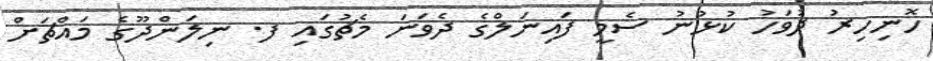
ހޮނިހިރު ދުވަހު ކުޅުނު ސެމީ ފައިނަލްގެ ދެވަނަ މެޗުގައި ފ. ނިލަންދޫގެ މައްޗަށް